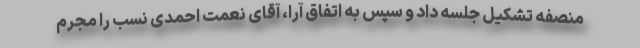
منصفه تشکیل جلسه داد و سپس به اتفاق آرا، آقای نعمت احمدی نسب را مجرم